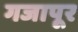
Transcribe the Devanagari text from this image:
गजापूर